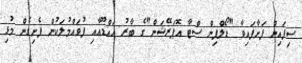
ސިފައިން ފަށާފައިވާ "ޑޯލްފިން ސްޓާ އޮޕަރޭޝަން"ގެ ބާރު އައްޑޫއާއި ފުވައްމުލަކުން ފެށިގެން މުޅި